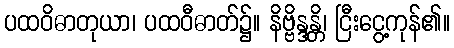
ပထဝိဓာတုယာ၊ ပထဝီဓာတ်၌။ နိဗ္ဗိန္ဒန္တိ၊ ငြီးငွေ့ကုန်၏။